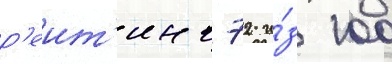
р'еит'инг 72 и́з 100